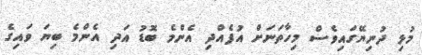
މުޅި ދުނިޔޭގައިވެސް މިހާތަނަށް އުފެއްދި އެންމެ ބޮޑު އަދި އެންމެ ބިޔަ ވައިގެ